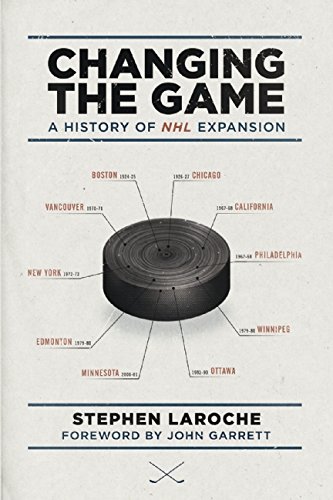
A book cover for Changing the Game: A History of NHL Expansion; Stephen Laroche; Sports & Outdoors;